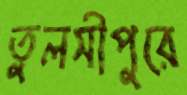
তুলসীপুরে